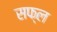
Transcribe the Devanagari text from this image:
सफ्ल